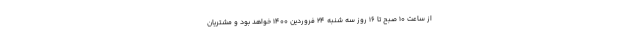
از ساعت ۱۰ صبح تا ۱۶ روز سه شنبه ۲۴ فروردین ۱۴۰۰ خواهد بود و مشتریان